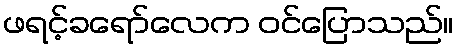
ဖရင့်ခရော်လေက ဝင်ပြောသည်။